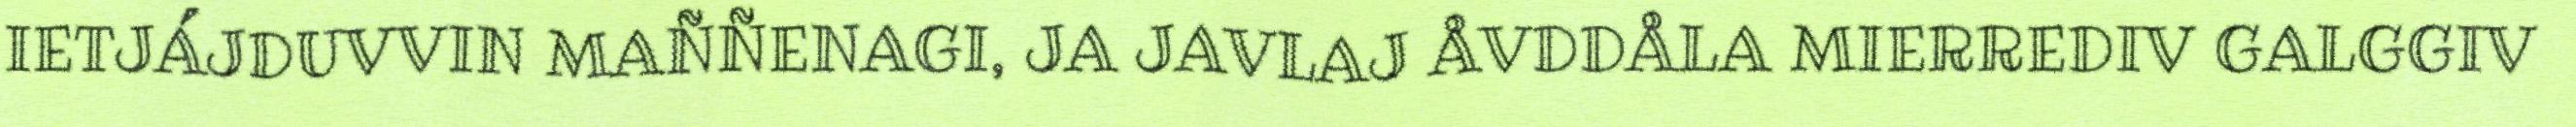
IETJÁJDUVVIN MAÑÑENAGI, JA JAVLAJ ÅVDDÅLA MIERREDIV GALGGIV